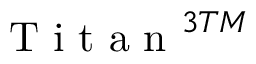
\mathrm { ~ T ~ i ~ t ~ a ~ n ~ } ^ { 3 T M }